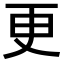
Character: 更